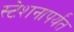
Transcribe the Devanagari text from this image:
स्टेशनापर्यंत